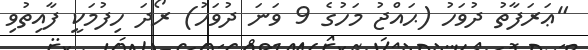
"ޢަރަފާތު ދުވަހު (ޙައްޖު މަހުގެ 9 ވަނަ ދުވަހު) ރޯދަ ހިފުމަކީ ފާއިތުވި